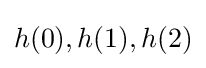
h(0),h(1),h(2)